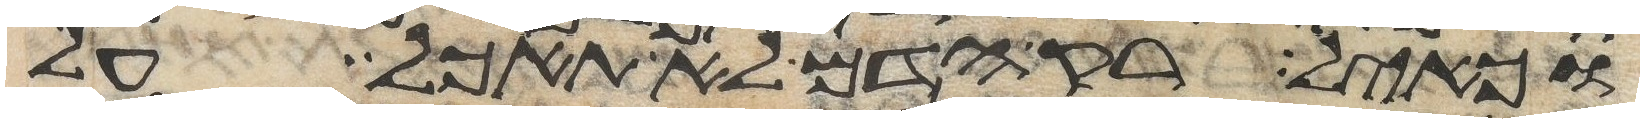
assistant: וכאיל רק הדם לא תאכל על